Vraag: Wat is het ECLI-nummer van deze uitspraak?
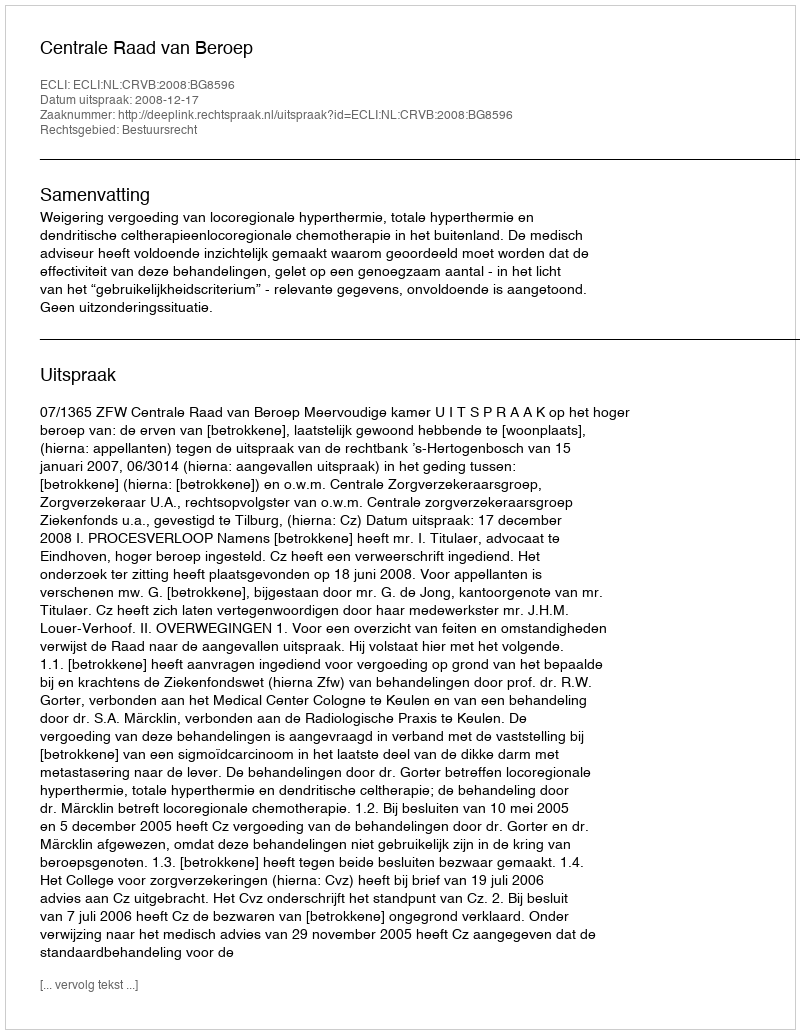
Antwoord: ECLI:NL:CRVB:2008:BG8596